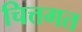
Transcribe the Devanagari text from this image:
चित्तगत